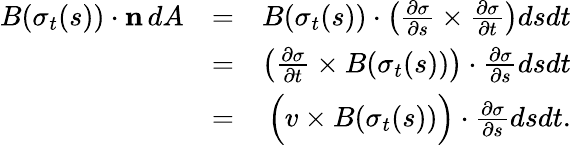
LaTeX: \begin{array}{rlr}{B(\sigma_{t}(s))\cdot\mathbf{n}\, dA}&{=}&{B(\sigma_{t}(s))\cdot\left(\frac{\partial\sigma}{\partial s}\times\frac{\partial\sigma}{\partial t}\right)dsdt}\\ &{=}&{\left(\frac{\partial\sigma}{\partial t}\times B(\sigma_{t}(s))\right)\cdot\frac{\partial\sigma}{\partial s}dsdt}\\ &{=}&{\Big(v\times B(\sigma_{t}(s))\Big)\cdot\frac{\partial\sigma}{\partial s}dsdt.}\end{array}